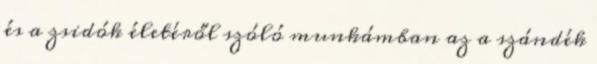
és a zsidók életéről szóló munkámban az a szándék